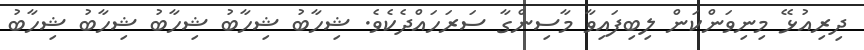
ދިރިއުޅޭ މިނިވަންކަން ލިބިފައިވާ މާސިންގާ ސަރަހައްދެކެވެ. ޝިހާބު ޝިހާބު ޝިހާބު ޝިހާބު ޝިހާބު